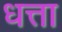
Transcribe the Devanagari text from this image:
धत्ता